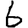
Digit: 6